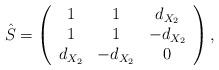
LaTeX: \begin{align*}\hat{S}=\left( \begin{array}{ccc} 1 & 1 & d_{X_2} \\ 1 & 1 & -d_{X_2} \\ d_{X_2} & -d_{X_2} & 0 \\ \end{array} \right),\end{align*}